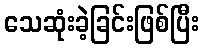
သေဆုံးခဲ့ခြင်းဖြစ်ပြီး